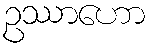
ဥဿာဟော